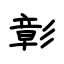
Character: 彰